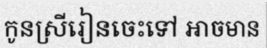
កូនស្រីរៀនចេះទៅ អាចមាន